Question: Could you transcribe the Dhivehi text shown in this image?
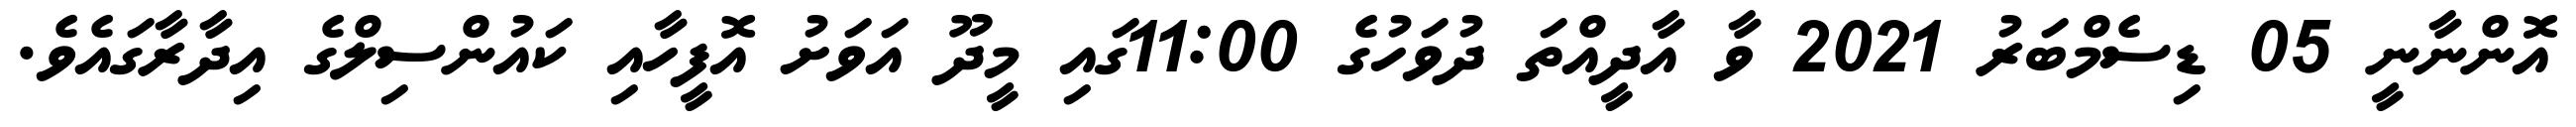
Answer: އޮންނާނީ 05 ޑިސެމްބަރު 2021 ވާ އާދީއްތަ ދުވަހުގެ 11:00ގައި މީދޫ އަވަށު އޮފީހާއި ކައުންސިލްގެ އިދާރާގައެވެ.